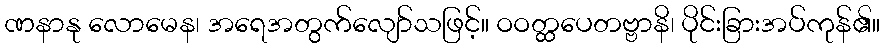
ဏနာနု လောမေန၊ အရေအတွက်လျော်သဖြင့်။ ဝဝတ္ထပေတဗ္ဗာနိ၊ ပိုင်းခြားအပ်ကုန်၏။